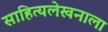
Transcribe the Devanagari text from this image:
साहित्यलेखनाला